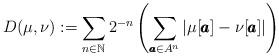
LaTeX: \begin{align*}D(\mu,\nu):=\sum_{n\in\mathbb{N}} 2^{-n} \left(\sum_{\pmb{a}\in A^n}|\mu[\pmb {a}]-\nu[\pmb{a}]|\right)\end{align*}